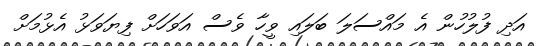
އަދި ފުލުހުން އެ މައްސަލަ ބަލައި ވީހާ ވެސް އަވަހަށް ފިޔަވަޅު އެޅުމަށް